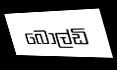
බෝල්ඩි